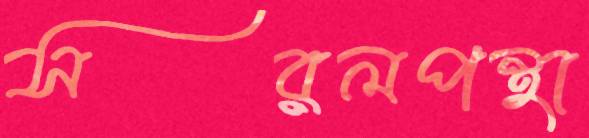
সরলপন্থা